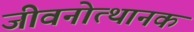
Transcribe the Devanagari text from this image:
जीवनोत्थानक